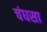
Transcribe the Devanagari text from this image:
चंघसा